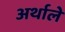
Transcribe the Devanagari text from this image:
अर्थाले